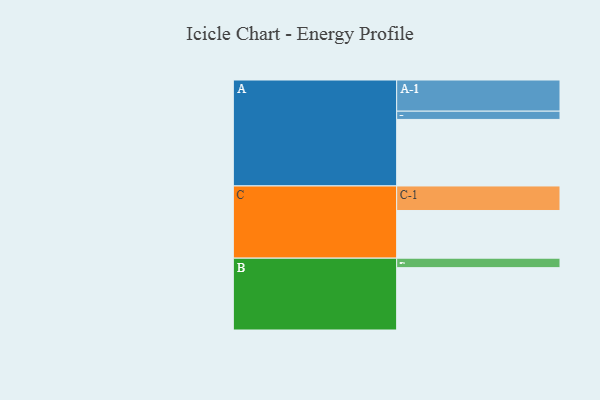
{"axis": {"x": "Segment", "y": "Value"}, "legend": ["", "A", "B", "C"], "data": [{"x": "A", "y": 491, "type": ""}, {"x": "B", "y": 460, "type": ""}, {"x": "C", "y": 352, "type": ""}, {"x": "A-1", "y": 230, "type": "A"}, {"x": "A-2", "y": 61, "type": "A"}, {"x": "B-1", "y": 70, "type": "B"}, {"x": "C-1", "y": 181, "type": "C"}]}